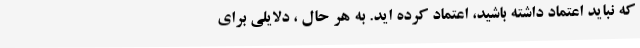
که نباید اعتماد داشته باشید، اعتماد کرده اید. به هر حال ، دلایلی برای